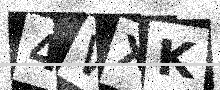
Text: 4WXK